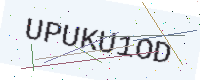
Text: UPUKU1OD